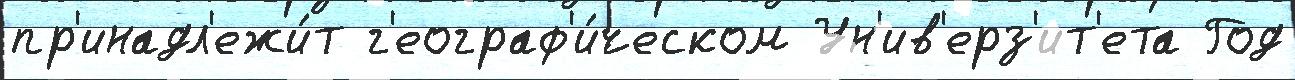
пр'инадл'ежи́т г'еограф'и́ческом Ун'ив'ерз'ит'ета Год